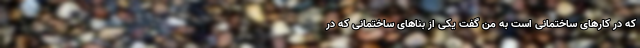
که در کار‌های ساختمانی است به من گفت یکی از بنا‌های ساختمانی که در